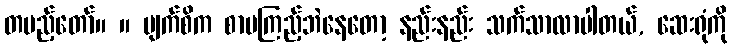
တပည့်တော်။ ။ မျက်စိက စာမကြည့်ဘဲနေတော့ နည်းနည်း သက်သာလာပါတယ်, ဆေးရုံကို